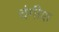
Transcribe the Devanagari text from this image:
चंगीश